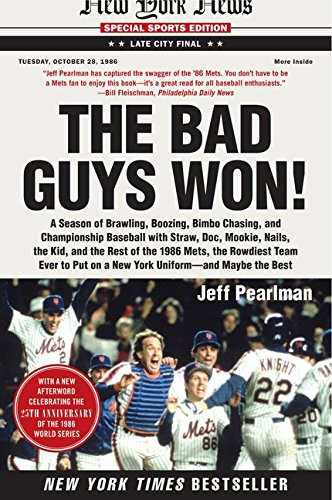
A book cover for The Bad Guys Won: A Season of Brawling, Boozing, Bimbo Chasing, and Championship Baseball with Straw, Doc, Mookie, Nails, the Kid, and the Rest of the ... Put on a New York Uniform--and Maybe the Best; Jeff Pearlman; Sports & Outdoors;